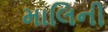
માલિની